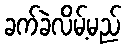
ခက်ခဲလိမ့်မည်